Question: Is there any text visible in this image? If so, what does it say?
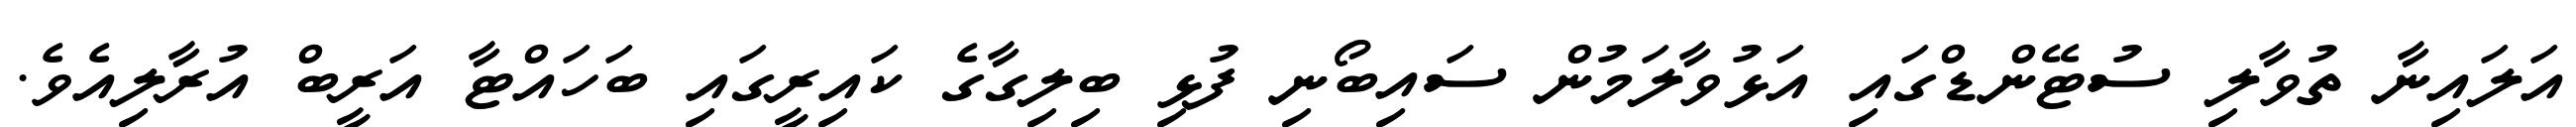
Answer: އަލައިނާ ތުވާލި ސުޓޭންޑްގައި އަޅުވާލަމުން ސައިބޯނި ފުޅި ބިލިގާގެ ކައިރީގައި ބަހައްޓާ އަރީބް އުރާލިއެވެ.